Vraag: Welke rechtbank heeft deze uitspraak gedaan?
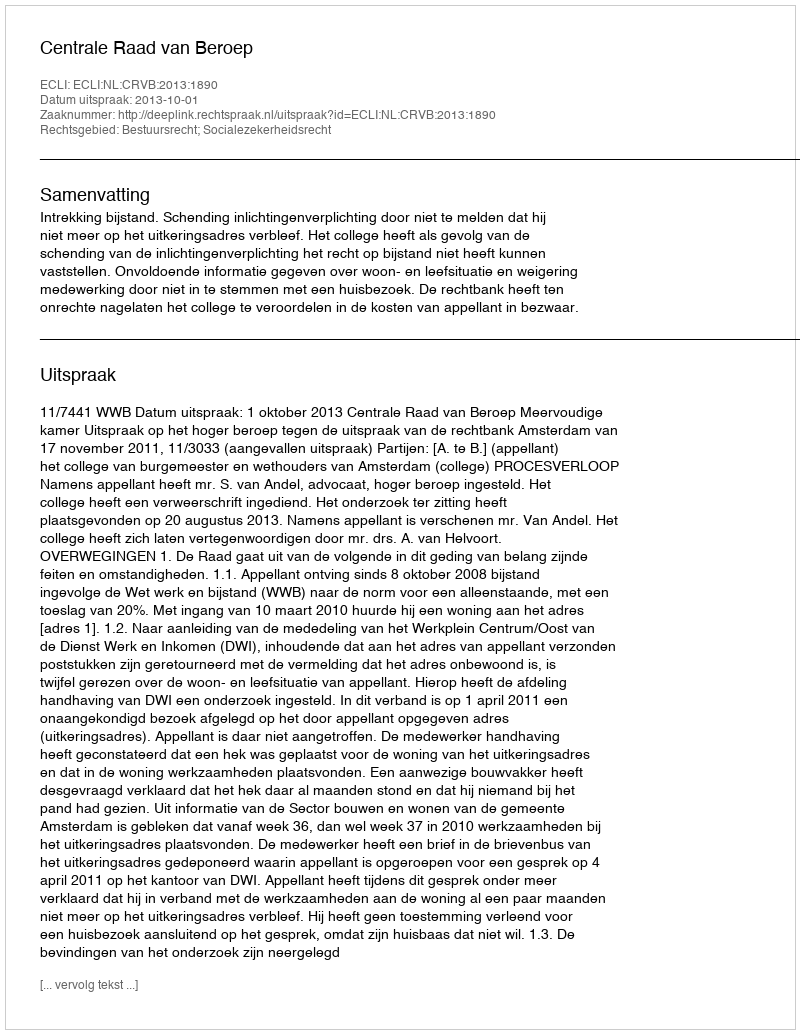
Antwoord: Centrale Raad van Beroep